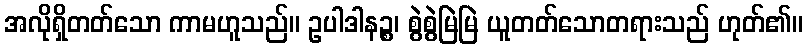
အလိုရှိတတ်သော ကာမဟူသည်။ ဥပါဒါနဉ္စ၊ စွဲစွဲမြဲမြဲ ယူတတ်သောတရားသည် ဟုတ်၏။